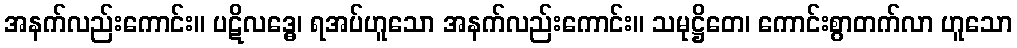
အနက်လည်းကောင်း။ ပဋိလဒ္ဓေ၊ ရအပ်ဟူသော အနက်လည်းကောင်း။ သမုဋ္ဌိတေ၊ ကောင်းစွာတက်လာ ဟူသော